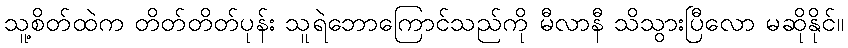
သူ့စိတ်ထဲက တိတ်တိတ်ပုန်း သူရဲဘောကြောင်သည်ကို မီလာနီ သိသွားပြီလော မဆိုနိုင်။